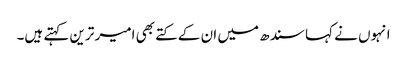
انہوں نے کہا سندھ میں ان کے کتے بھی امیر ترین کہتے ہیں۔